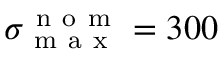
\sigma _ { \mathrm { ~ m ~ a ~ x ~ } } ^ { \mathrm { ~ n ~ o ~ m ~ } } = 3 0 0